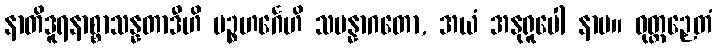
နာတိဒူရနာစ္စာသန္နတာဒီဟိ ပဉ္စဟင်္ဂေဟိ သမန္နာဂတော, အယံ အနုရူပေါ နာမ။ ဝုတ္တဉှေတံ